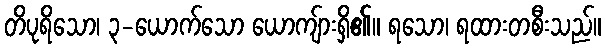
တိပုရိသော၊ ၃-ယောက်သော ယောကျ်ားရှိ၏။ ရသော၊ ရထားတစီးသည်။